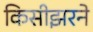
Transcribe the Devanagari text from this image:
किसीझरने